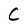
Character: C